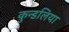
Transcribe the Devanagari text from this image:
कुन्डलिया